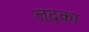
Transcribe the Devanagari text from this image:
लद्का